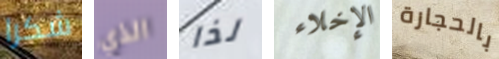
شكرا الذي لذا الإخلاء بالحجارة